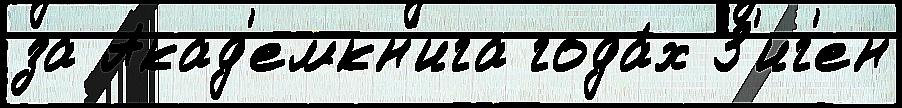
за Акад'емкн'ига года́х З'иг'ен